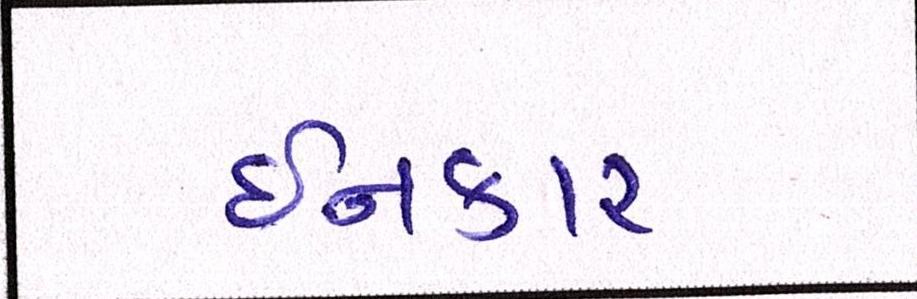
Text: ઈનકાર